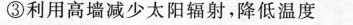
③利用高墙减少太阳辐射，降低温度